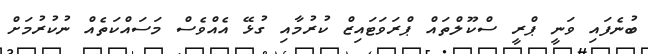
ބުނެފައި ވަނީ ޕްރީ ސްކޫލްތައް ޕްރަވަޓައިޒް ކުރުމާއި ގުޅޭ އެއްވެސް މަސައްކަތެއް ނުކުރުމަށް